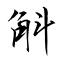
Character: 斛